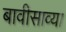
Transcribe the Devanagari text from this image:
बावीसाव्या